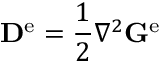
\mathbf { D } ^ { \mathrm { e } } = \frac { 1 } { 2 } \nabla ^ { 2 } \mathbf { G } ^ { \mathrm { e } }